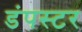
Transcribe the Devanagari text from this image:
डंपस्टर